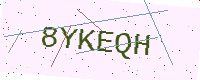
Text: 8YKEQH